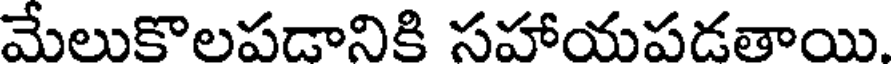
మేలుకొలపడానికి సహాయపడతాయి